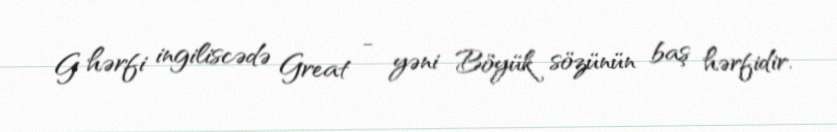
G hərfi ingiliscədə Great - yəni Böyük sözünün baş hərfidir.